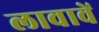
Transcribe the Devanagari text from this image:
लावावें